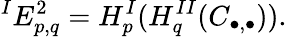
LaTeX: {}^{I}E_{p,q}^{2}=H_{p}^{I}(H_{q}^{II}(C_{\bullet,\bullet})).